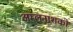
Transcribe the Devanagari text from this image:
अम्लनाशकों